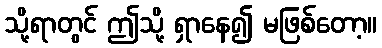
သို့ရာတွင် ဤသို့ ရှာနေ၍ မဖြစ်တော့။